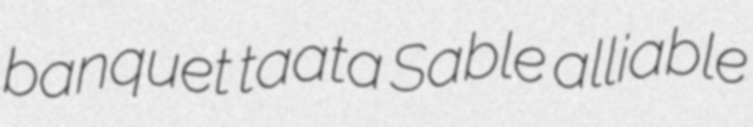
banquet taata Sable alliable